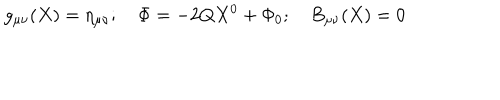
LaTeX: g _ { \mu \nu } ( X ) = \eta _ { \mu \nu } ; \quad \Phi = - 2 Q X ^ { 0 } + \Phi _ { 0 } ; \quad B _ { \mu \nu } ( X ) = 0